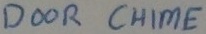
Text: DOOR CHIME